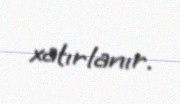
xatırlanır.